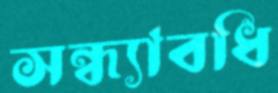
সন্ধ্যাবধি